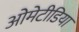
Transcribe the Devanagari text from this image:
ओमेटीडिया